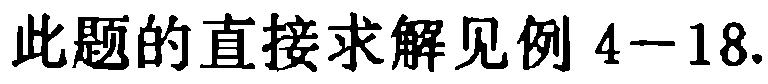
此题的直接求解见例 4−18.